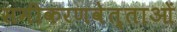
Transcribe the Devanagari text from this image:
समीकरणवेत्ताओं